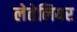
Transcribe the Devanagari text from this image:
लेतेलियर